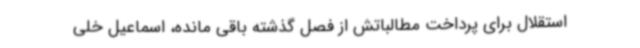
استقلال برای پرداخت مطالباتش از فصل گذشته باقی مانده، اسماعیل خلی